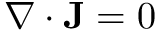
\nabla \cdot \mathbf { J } = 0